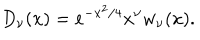
LaTeX: D _ { \nu } ( x ) = e ^ { - x ^ { 2 } / 4 } x ^ { \nu } w _ { \nu } ( x ) .